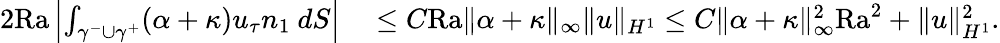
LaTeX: \begin{array}{rl}{2\mathrm{{Ra}}\left|\int_{\gamma^{-}\cup\gamma^{+}}(\alpha+\kappa)u_{\tau}n_{1}\ dS\right|}&{{}\leq C\mathrm{{Ra}}\| \alpha+\kappa\| _{\infty}\| u\| _{H^{1}}\leq C\| \alpha+\kappa\| _{\infty}^{2}\mathrm{{Ra}}^{2}+\| u\| _{H^{1}}^{2}.}\end{array}